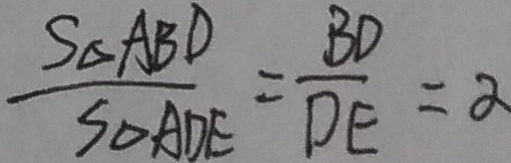
\frac { S _ { \Delta A B D } } { S _ { \Delta A D E } } = \frac { B D } { D E } = \alpha